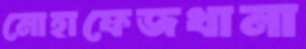
মোহাফেজখানা